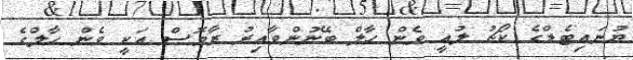
ޔުނައިޓެޑްގެ ކޯޗު ލުއީ ވެން ހާލް ބޭނުންވާއިރު ރާމޮސް އަކީ ވެން ހާލްގެ